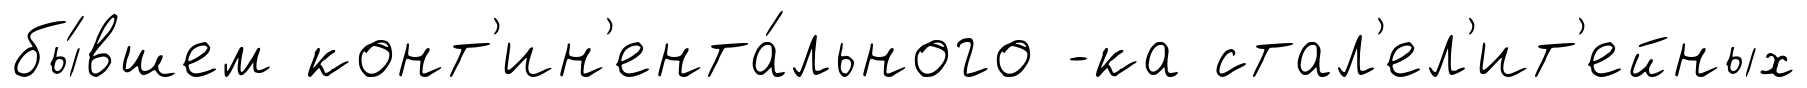
бы́вшем конт'ин'ента́льного -ка стал'ел'ит'ейных